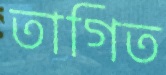
তাগিত